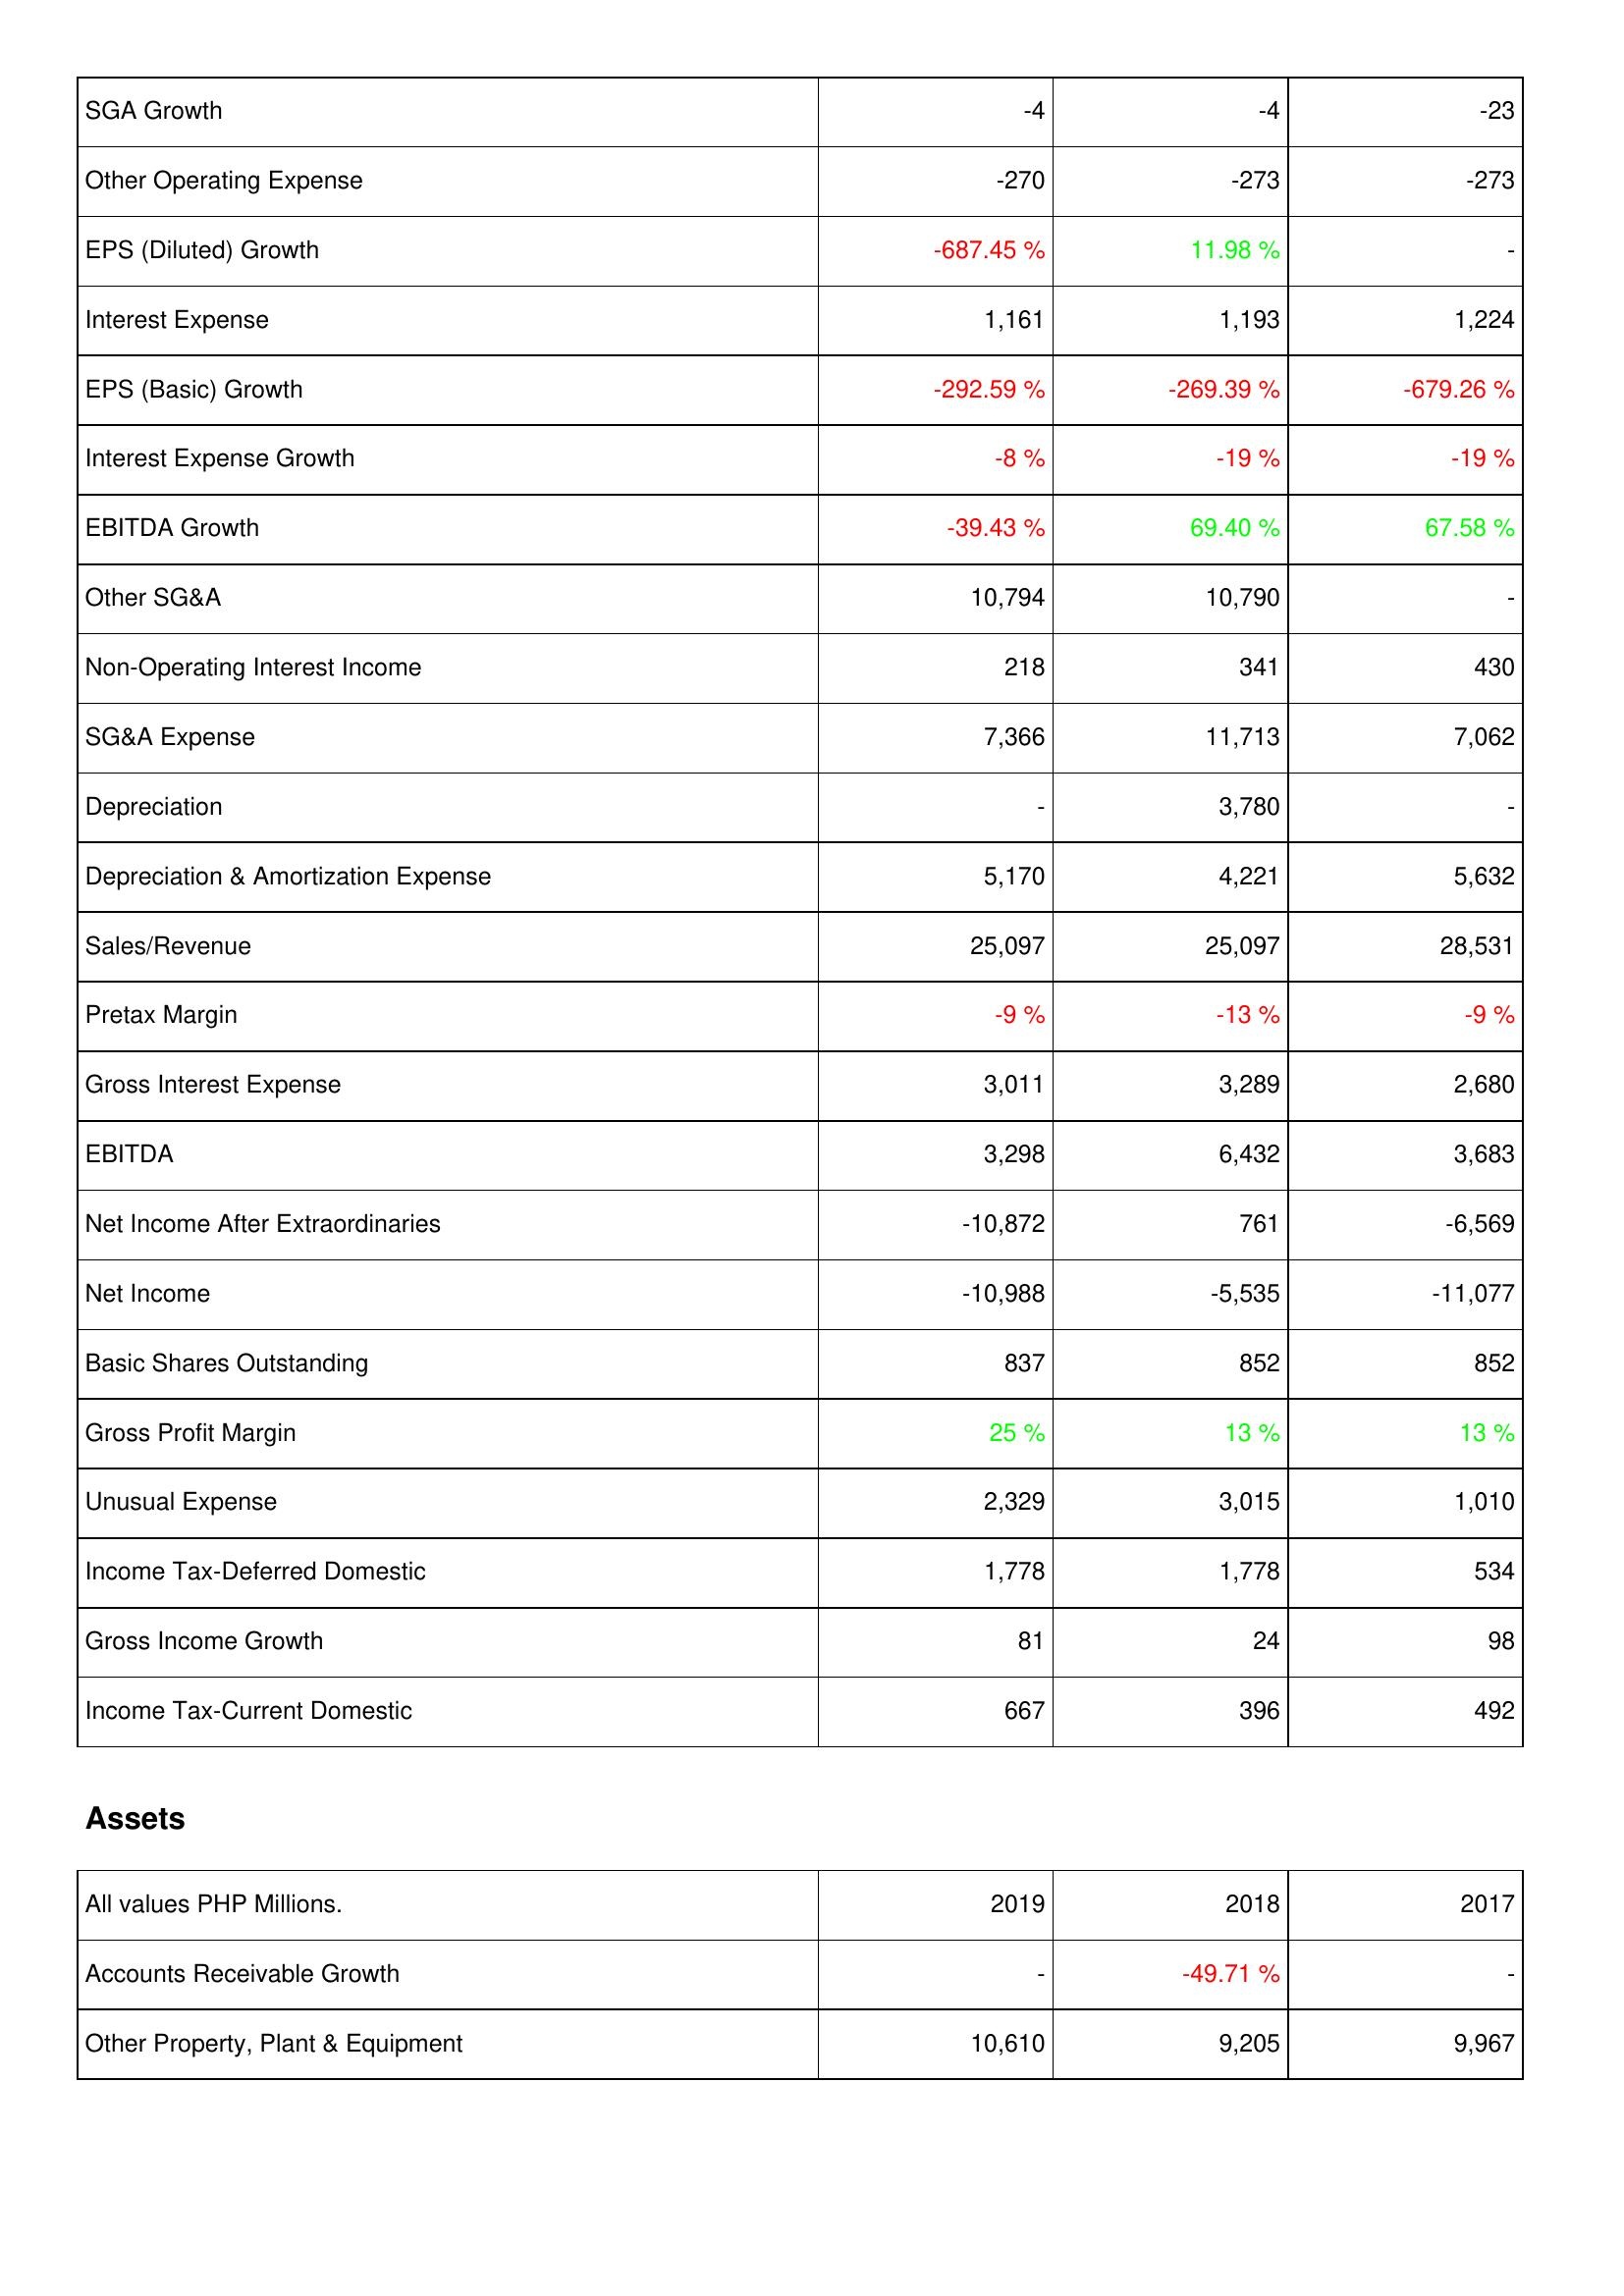
2019: Income Statement: SGA Growth: -4
Other Operating Expense: -270
EPS (Diluted) Growth: -687.45 %
Interest Expense: 1,161
EPS (Basic) Growth: -292.59 %
Interest Expense Growth: -8 %
EBITDA Growth: -39.43 %
Other SG&A: 10,794
Non-Operating Interest Income: 218
SG&A Expense: 7,366
Depreciation: -
Depreciation & Amortization Expense: 5,170
Sales/Revenue: 25,097
Pretax Margin: -9 %
Gross Interest Expense: 3,011
EBITDA: 3,298
Net Income After Extraordinaries: -10,872
Net Income: -10,988
Basic Shares Outstanding: 837
Gross Profit Margin: 25 %
Unusual Expense: 2,329
Income Tax-Deferred Domestic: 1,778
Gross Income Growth: 81
Income Tax-Current Domestic: 667
Assets: Accounts Receivable Growth: -
Other Property, Plant & Equipment: 10,610
2018: Income Statement: SGA Growth: -4
Other Operating Expense: -273
EPS (Diluted) Growth: 11.98 %
Interest Expense: 1,193
EPS (Basic) Growth: -269.39 %
Interest Expense Growth: -19 %
EBITDA Growth: 69.40 %
Other SG&A: 10,790
Non-Operating Interest Income: 341
SG&A Expense: 11,713
Depreciation: 3,780
Depreciation & Amortization Expense: 4,221
Sales/Revenue: 25,097
Pretax Margin: -13 %
Gross Interest Expense: 3,289
EBITDA: 6,432
Net Income After Extraordinaries: 761
Net Income: -5,535
Basic Shares Outstanding: 852
Gross Profit Margin: 13 %
Unusual Expense: 3,015
Income Tax-Deferred Domestic: 1,778
Gross Income Growth: 24
Income Tax-Current Domestic: 396
Assets: Accounts Receivable Growth: -49.71 %
Other Property, Plant & Equipment: 9,205
2017: Income Statement: SGA Growth: -23
Other Operating Expense: -273
EPS (Diluted) Growth: -
Interest Expense: 1,224
EPS (Basic) Growth: -679.26 %
Interest Expense Growth: -19 %
EBITDA Growth: 67.58 %
Other SG&A: -
Non-Operating Interest Income: 430
SG&A Expense: 7,062
Depreciation: -
Depreciation & Amortization Expense: 5,632
Sales/Revenue: 28,531
Pretax Margin: -9 %
Gross Interest Expense: 2,680
EBITDA: 3,683
Net Income After Extraordinaries: -6,569
Net Income: -11,077
Basic Shares Outstanding: 852
Gross Profit Margin: 13 %
Unusual Expense: 1,010
Income Tax-Deferred Domestic: 534
Gross Income Growth: 98
Income Tax-Current Domestic: 492
Assets: Accounts Receivable Growth: -
Other Property, Plant & Equipment: 9,967